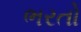
ભરતો